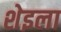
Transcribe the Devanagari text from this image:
शेइला